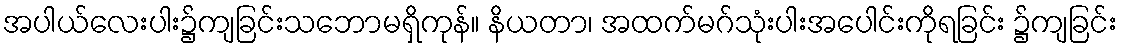
အပါယ်လေးပါး၌ကျခြင်းသဘောမရှိကုန်။ နိယတာ၊ အထက်မဂ်သုံးပါးအပေါင်းကိုရခြင်း ၌ကျခြင်း